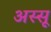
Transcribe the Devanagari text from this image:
अस्सू